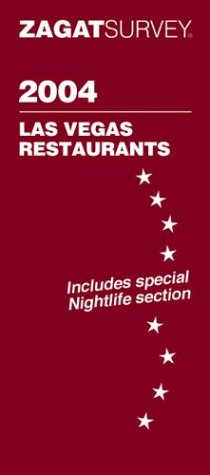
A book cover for Las Vegas Restaurants 2004 (Zagat Survey: Las Vegas); Travel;